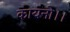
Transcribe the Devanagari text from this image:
कायनो।।